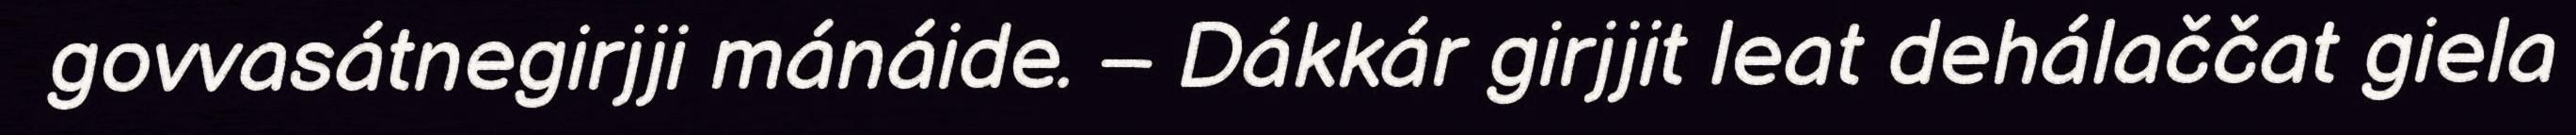
govvasátnegirjji mánáide. – Dákkár girjjit leat dehálaččat giela